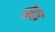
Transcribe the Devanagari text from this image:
पोद्दर